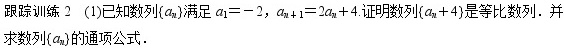
(1)已知数列\(\{ a_{n}\}\)满足\(a_{1}=-2\)，\(a_{n + 1}=2a_{n}+4\).证明数列\(\{ a_{n}+4\}\)是等比数列，并求数列\(\{ a_{n}\}\)的通项公式.